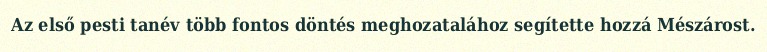
Az első pesti tanév több fontos döntés meghozatalához segítette hozzá Mészárost.